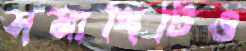
সমাধিটিও